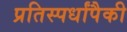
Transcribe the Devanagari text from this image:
प्रतिस्पर्धांपैकी